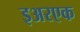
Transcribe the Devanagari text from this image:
इअरएक